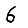
Digit: 6